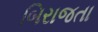
બિરાજતા